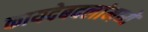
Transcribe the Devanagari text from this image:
कायदेबदलांमध्ये